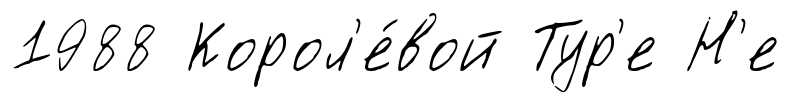
1988 Корол'е́вой Тур'е Н'е